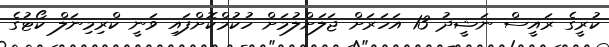
ކުރީގެ ރައީސް ނަޝީދު 13 އަހަރަށް ޖަލަށްލުމަށް ހުކުމްކޮށްފައި ވަނީ ކްރިމިނަލް ކޯޓުގެ